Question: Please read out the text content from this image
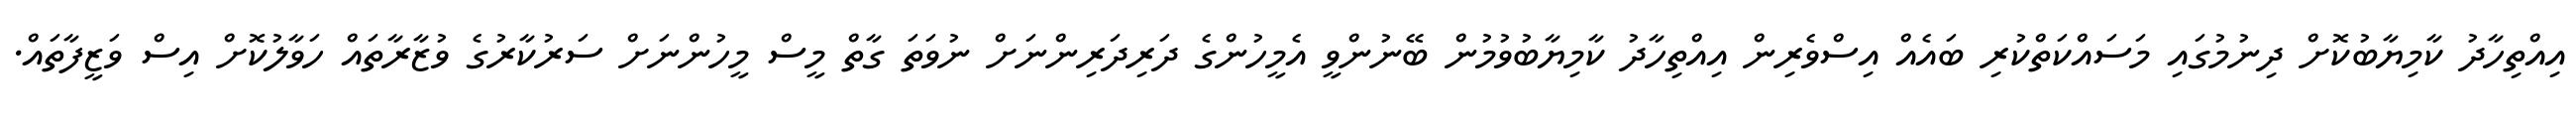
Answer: އިއްތިހާދު ކާމިޔާބުކޮށް ދިނުމުގައި މަސައްކަތްކުރި ބައެއް އިސްވެރިން އިއްތިހާދު ކާމިޔާބުވުމުން ބޭނުންވީ އެމީހުންގެ ދަރިދަރިންނަށް ނުވަތަ ގާތް މީސް މީހުންނަށް ސަރުކާރުގެ ވުޒާރާތައް ހަވާލުކޮށް އިސް ވަޒީފާތައް.